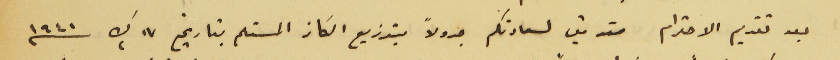
بعد تقديم الاحترام مقدمين لسعادتكم جدولاً بتوزيع الكاز المستلم بتاريخ ١٧ ك٢ سنه ١٩٤١